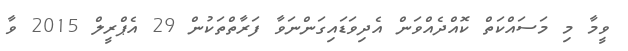
ވީމާ މި މަސައްކަތް ކޮއްދެއްވަން އެދިވަޑައިގަންނަވާ ފަރާތްތަކުން 29 އެޕްރީލް 2015 ވާ